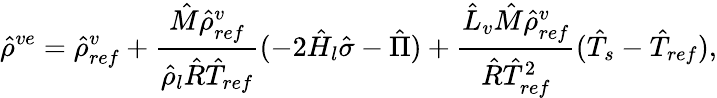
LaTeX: \hat{\rho}^{ve}=\hat{\rho}_{ref}^{v}+\frac{\hat{M}\hat{\rho}_{ref}^{v}}{\hat{\rho}_{l}\hat{R}\hat{T}_{ref}}(-2\hat{H}_{l}\hat{\sigma}-\hat{\Pi})+\frac{\hat{L}_{v}\hat{M}\hat{\rho}_{ref}^{v}}{\hat{R}\hat{T}_{ref}^{2}}(\hat{T}_{s}-\hat{T}_{ref}),